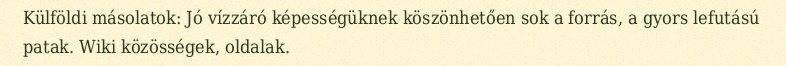
Külföldi másolatok: Jó vízzáró képességüknek köszönhetően sok a forrás, a gyors lefutású patak. Wiki közösségek, oldalak.